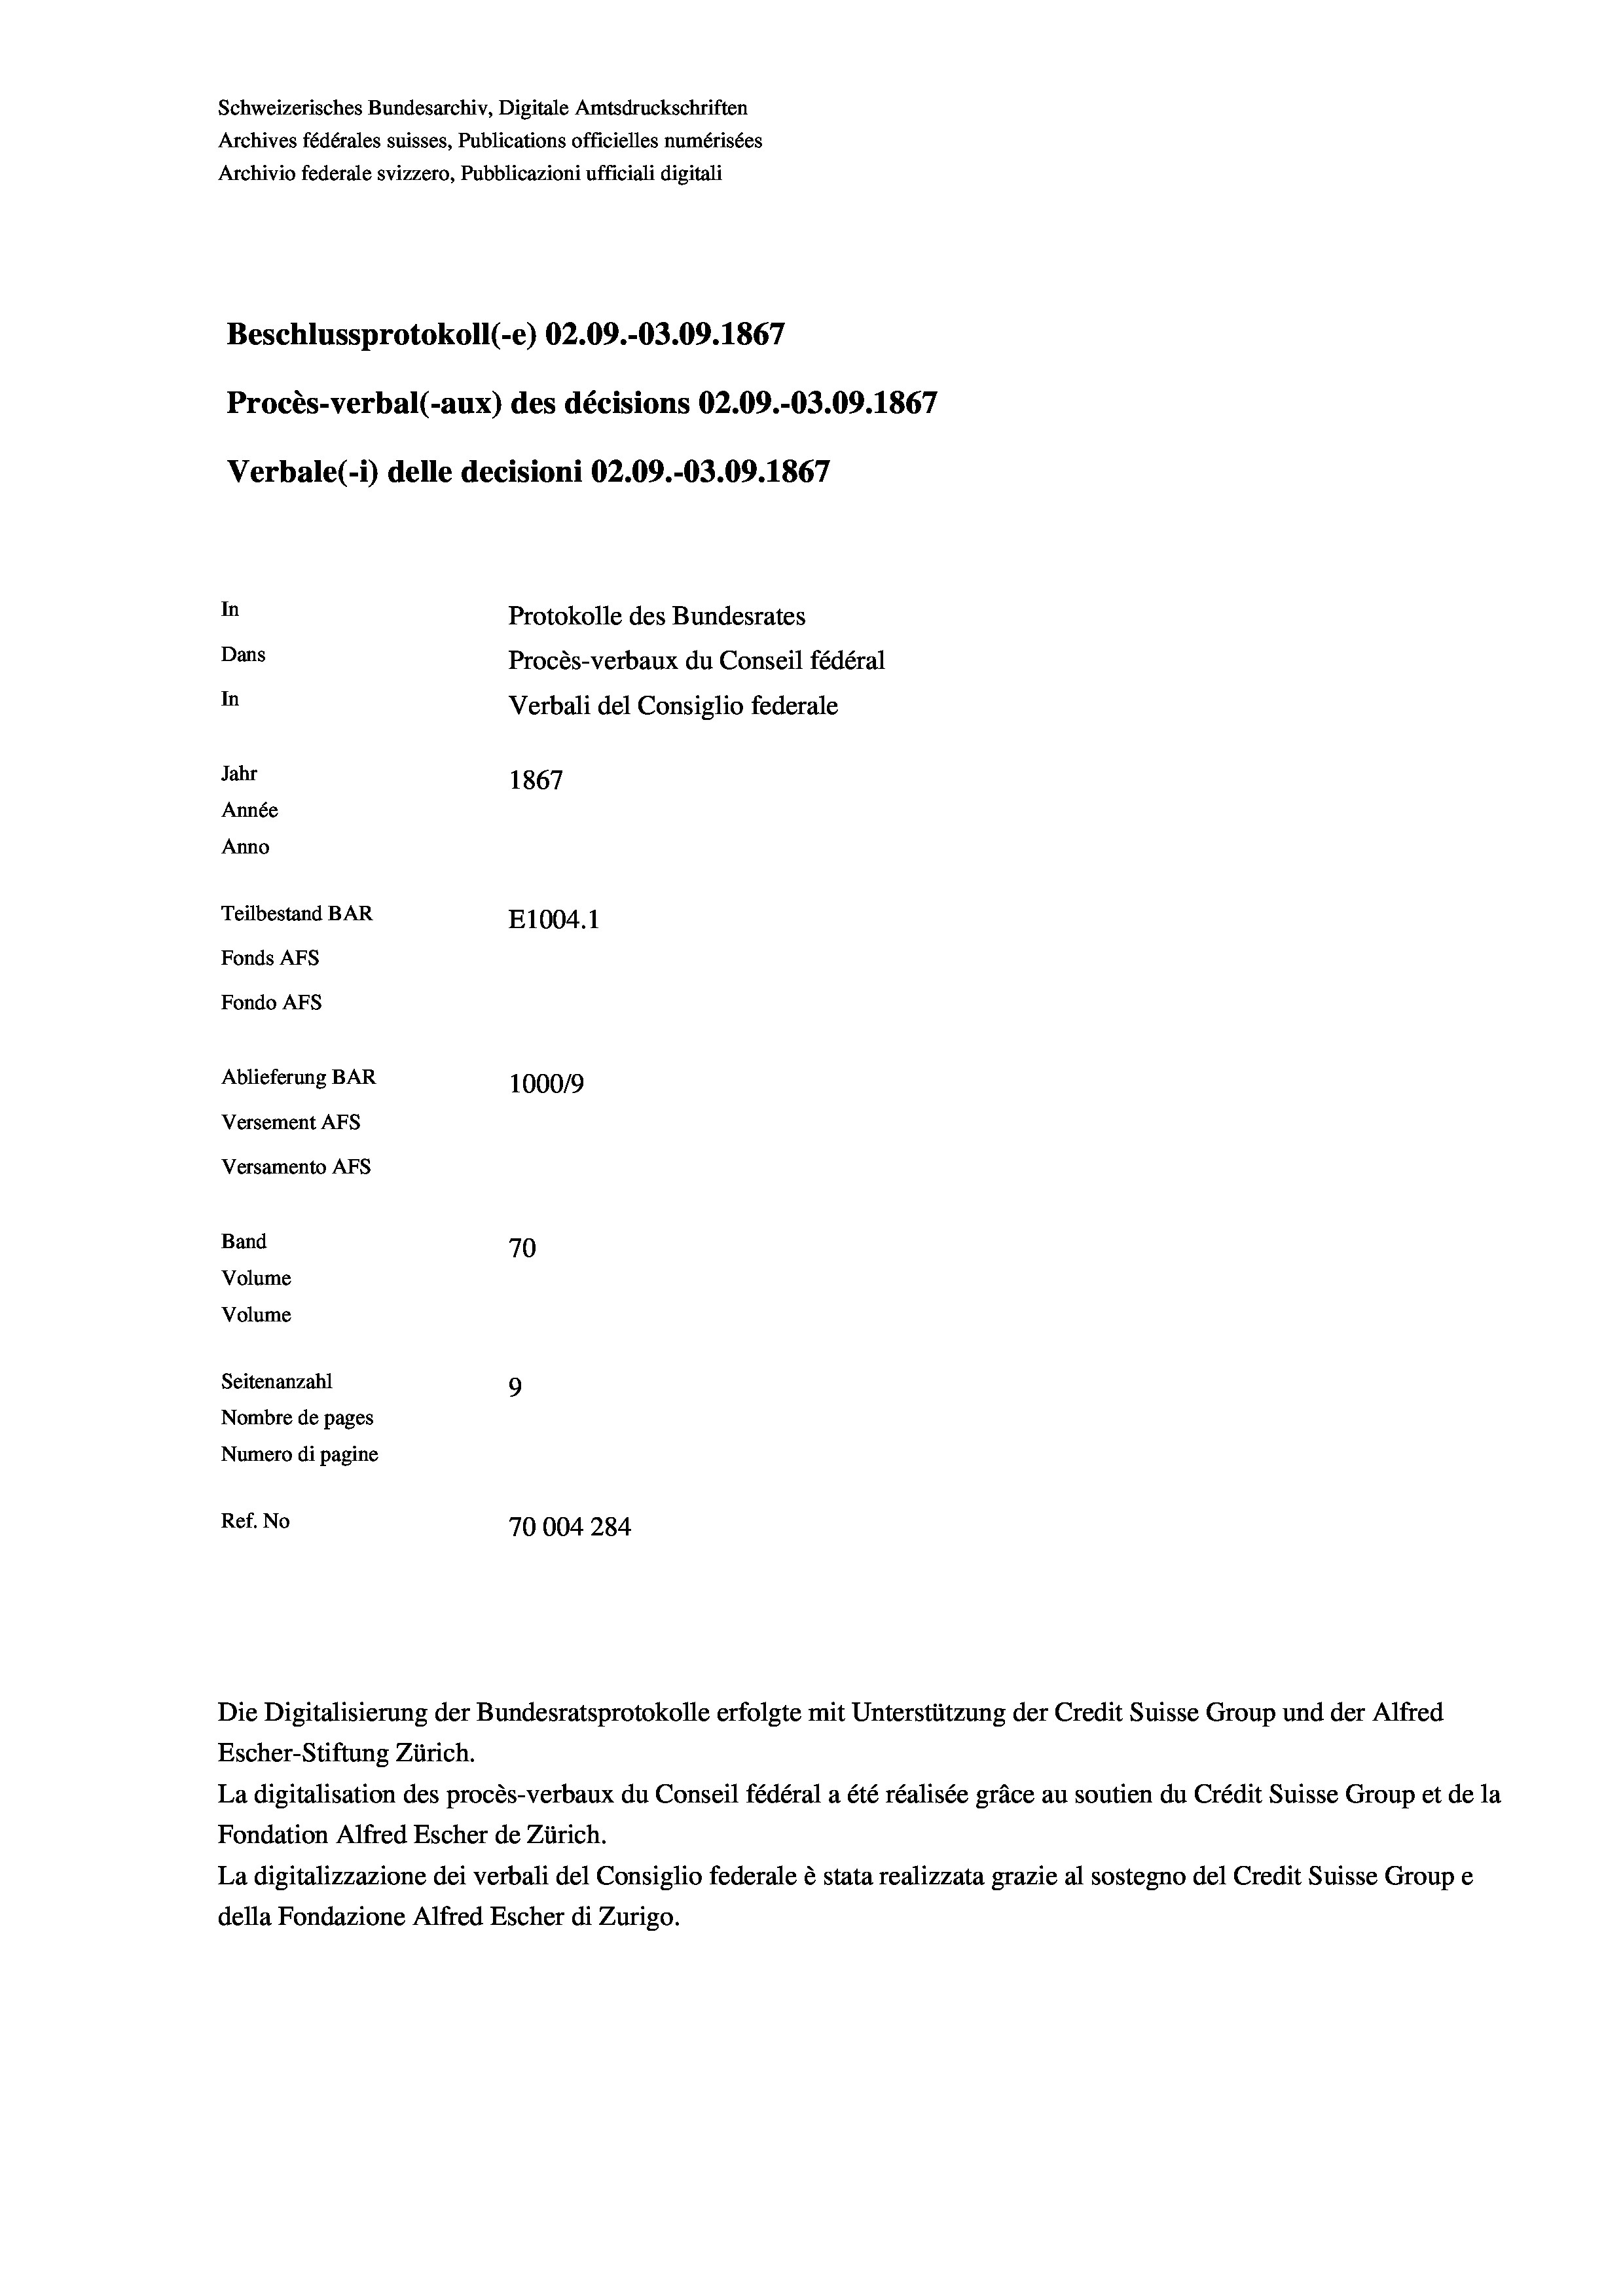
Schweizerisches Bundesarchiv, Digitale Amtsdruckschriften
Archives fédérales suisses, Publications officielles numérisées
Archivio federale svizzero, Pubblicazioni ufficiali digitali
Beschlussprotokoll (-e) 02.09.-03.09. 1867
Procès-verbal (-aux) des décisions 02.09.-03.09. 1867
Verbale (- 1) delle decisioni 02.09.-03.09. 1867
In
Protokolle des Bundesrates
Dans
Procès-verbaux du Conseil fédéral
In
Verbali del Consiglio federale
Jahr
1867
Année
Anno
Teilbestand BAR
E1004.1
Fonds AFs
Fondo AFs
Ablieferung BAR
100019
Versement AFs
Versamento AFs
Band
70
Volume
Volume
Seitenanzahl
9
Nombre de pages
Numero di pagine
Ref. No
70004284

Escher-Stiftung Zürich.
La digitalisation des procès-verbaux du Conseil fédéral a été réalisée gräce au soutien du Crédit Suisse Group et de la
Fondation Alfred Escher de Zürich.
La digitalizzazione dei verbali del Consiglio federale è stata realizzata grazie al sostegno del Credit Suisse Groupe
della Fondazione Alfred Escher di Zurigo.

Die Digitalisierung der Bundesratsprotokolle erfolgte mit Unterstützung der Credit Suisse Group und der Alfred